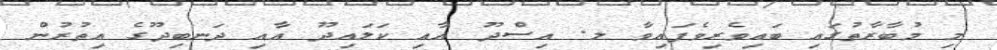
މި މުބާރާތުގައި ބައިވެރިވެފައިވާ ލ. އިސްދޫ އާއި ކަލައިދޫ އާއި ދަނބިދޫގެ އިތުރުން